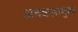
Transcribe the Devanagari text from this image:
अवकाशमुक्त